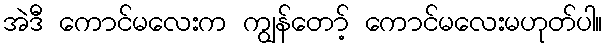
အဲဒီ ကောင်မလေးက ကျွန်တော့် ကောင်မလေးမဟုတ်ပါ။